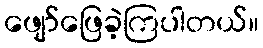
ဖျော်ဖြေခဲ့ကြပါတယ်။